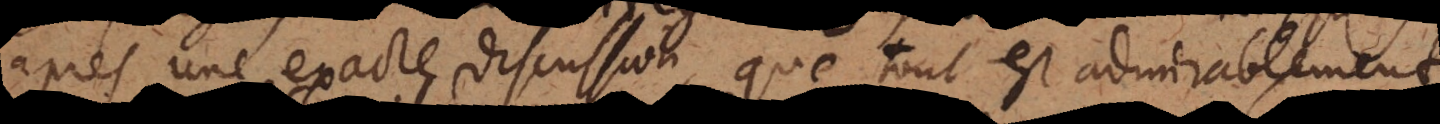
après une exacte discussion, que tout est admirablement